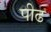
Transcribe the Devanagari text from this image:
पीढ